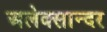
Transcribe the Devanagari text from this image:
अलेक्सान्दर